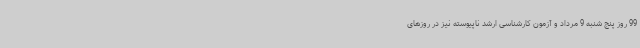
99 روز پنج شنبه 9 مرداد و آزمون کارشناسی ارشد ناپیوسته نیز در روزهای